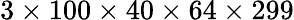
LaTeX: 3\times 100\times 40\times 64\times 299